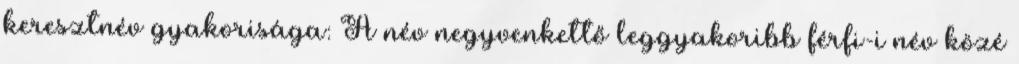
keresztnév gyakorisága: A név negyvenkettő leggyakoribb férfi-i név közé